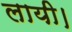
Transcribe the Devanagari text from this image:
लायी।